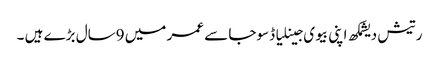
رتیش دیشمکھ اپنی بیوی جینلیا ڈسوجا سے عمر میں 9سال بڑے ہیں ۔